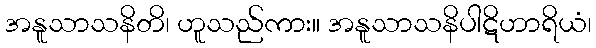
အနူသာသနိတိ၊ ဟူသည်ကား။ အနူသာသနိပါဋိဟာရိယံ၊